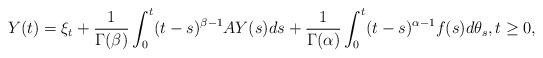
LaTeX: \begin{align*}Y(t)=\xi_t+\frac{1}{\Gamma(\beta)}\int_0^t(t-s)^{\beta-1}AY(s)ds+\frac{1}{\Gamma(\alpha)}\int_0^t (t-s)^{\alpha-1}f(s)d\theta_s,t\ge 0,\end{align*}